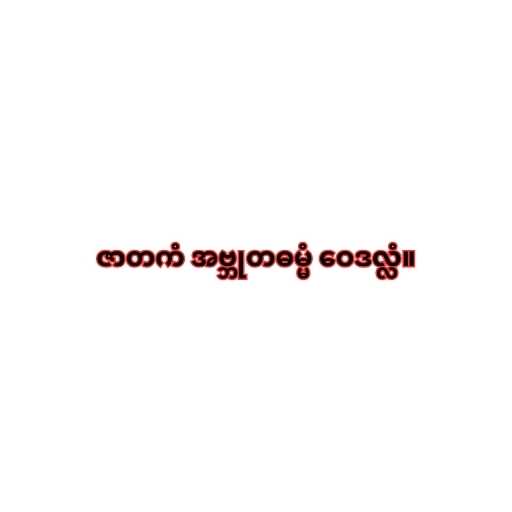
ဇာတကံ အဗ္ဘုတဓမ္မံ ဝေဒလ္လံ။